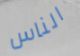
الناس